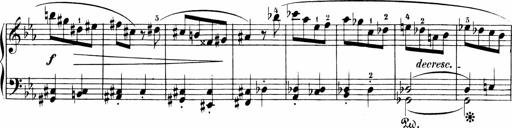
Title: Sonatinen Op.47, 98 und 136, nebst 6 Liedersonatinen
Composer: Carl Reinecke